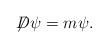
LaTeX: \begin{align*}\displaystyle{\not}D\psi=m\psi.\end{align*}